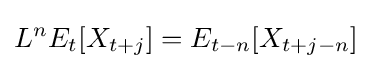
L^{n}E_{t}[X_{t+j}]=E_{t-n}[X_{t+j-n}]